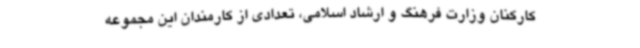
کارکنان وزارت فرهنگ و ارشاد اسلامی، تعدادی از کارمندان این مجموعه